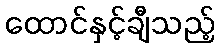
ထောင်နှင့်ချီသည့်